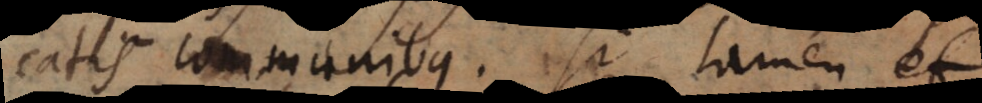
praedicatis communibus. Si tamen et